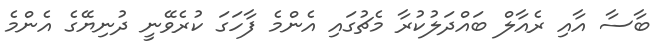
ބާސާ އާއި ރެއާލް ބައްދަލުކުރާ މެޗުގައި އެންމެ ފާހަގަ ކުރެވޭނީ ދުނިޔޭގެ އެންމެ